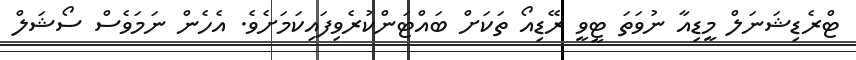
ޓްރެޑިޝަނަލް މީޑިއާ ނުވަތަ ޓީވީ ރޭޑިއޯ ތަކަށް ބައްޓަންކުރެވިފައިކަމަށެވެ. އެހެން ނަމަވެސް ސޯޝަލް